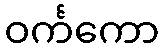
ဝင်္ကကော